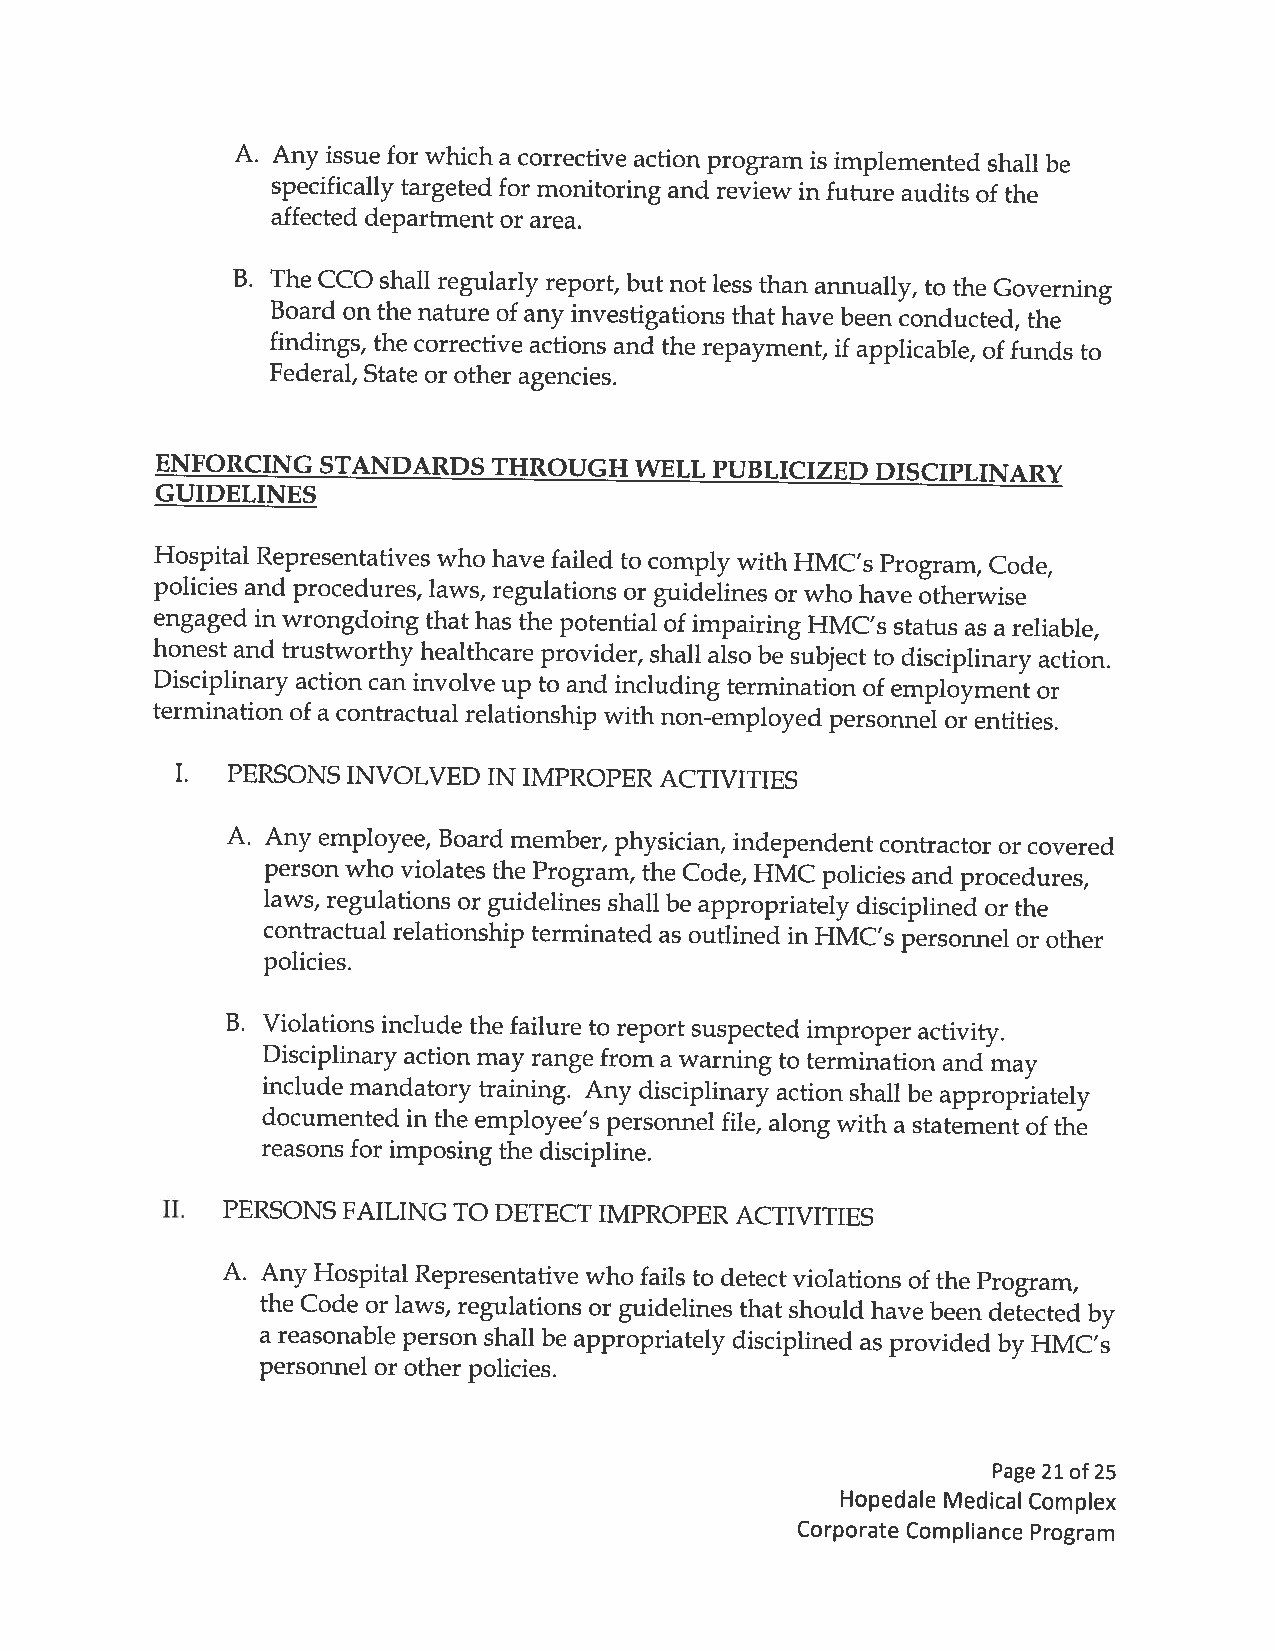
A. Any issue for which a corrective action program is implemented shall be
 specifically targeted for monitoring and review in future audits of the
 affected department or area.
 B. The CCO shall regularly report, but not less than annually, to the Governing
 Board on the nature of any investigations that have been conducted, the
 findings, the corrective actions and the repayment, if applicable, of funds to
 federal, State or other agencies.
 ENFORCING  STANDARDS   THROUGH  WELL PUBLICIZED DISCIPLINARY
 GUIDELINES
 Hospital Representatives who have failed to comply with HMC’s Program, Code,
 policies and procedures, laws, regulations or guidelines or who have otherwise
 engaged in wrongdoing thathas the potential of impairing HMC’s status as a reliable,
 honest and trustworthy healthcare provider, shall also be subject to disciplinary action.
 Disciplinary action can involve up to and including termination of employment or
 termination of a contractual relationship with non-employed personnel or entities.
 I. PERSONS INVOLVED IN IMPROPER ACTIVITIES
 A. Any employee, Board member, physician, independent contractor or covered
 person who violates the Program, the Code, HMC policies and procedures,
 laws, regulations or guidelines shall be appropriately disciplined or the
 contractual relationship terminated as outlined in HMC’s personnel or other
 policies.
 B. Violations include the failure to report suspected improper activity.
 Disciplinary action may range from a warning to termination and may
 include mandatory training. Any disciplinary action shall be appropriately
 documented in the employee’s personnel file, along with a statement of the
 reasons for imposing the discipline.
 II. PERSONS FAILING TO DETECT IMPROPER ACTIVITIES
 A. Any Hospital Representative who fails to detect violations of the Program,
 the Code or laws, regulations or guidelines that should have been detected by
 a reasonable person shall be appropriately disciplined as provided by HMC’s
 personnel or other policies.
 Page 21 of25
 Hopedale Medical Complex
 Corporate Compliance Program